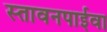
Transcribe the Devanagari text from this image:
स्तावनपाईवा